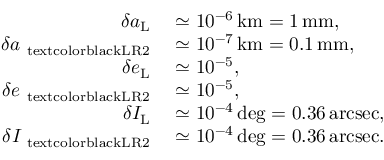
\begin{array} { r l } { \delta a _ { \mathrm { L } } } & { { } \simeq 1 0 ^ { - 6 } \, \mathrm { k m } = 1 \, \mathrm { m m } , } \\ { \delta a _ { \mathrm { \ t e x t c o l o r { b l a c k } { L R 2 } } } } & { { } \simeq 1 0 ^ { - 7 } \, \mathrm { k m } = 0 . 1 \, \mathrm { m m } , } \\ { \delta e _ { \mathrm { L } } } & { { } \simeq 1 0 ^ { - 5 } , } \\ { \delta e _ { \mathrm { \ t e x t c o l o r { b l a c k } { L R 2 } } } } & { { } \simeq 1 0 ^ { - 5 } , } \\ { \delta I _ { \mathrm { L } } } & { { } \simeq 1 0 ^ { - 4 } \, \mathrm { d e g } = 0 . 3 6 \, \mathrm { a r c s e c } , } \\ { \delta I _ { \mathrm { \ t e x t c o l o r { b l a c k } { L R 2 } } } } & { { } \simeq 1 0 ^ { - 4 } \, \mathrm { d e g } = 0 . 3 6 \, \mathrm { a r c s e c } . } \end{array}